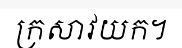
ក្រសាវយក។